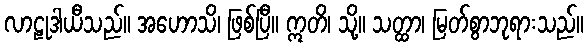
လာဠုဒါယီသည်။ အဟောသိ၊ ဖြစ်ပြီ။ ဣတိ၊ သို့။ သတ္ထာ၊ မြတ်စွာဘုရားသည်။